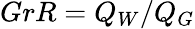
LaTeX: GrR=Q_{W}/Q_{G}